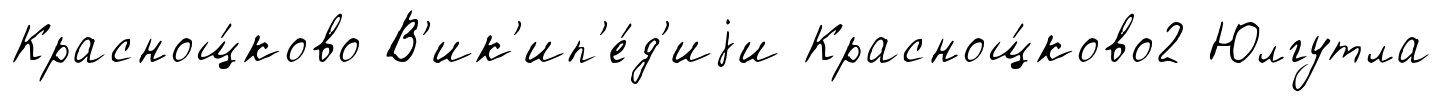
Краснощ́ково В'ик'ип'е́д'иjи Краснощ́ково2 Юлгутла